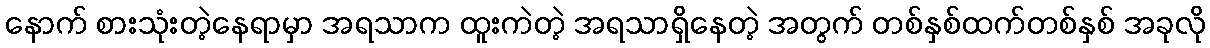
နောက် စားသုံးတဲ့နေရာမှာ အရသာက ထူးကဲတဲ့ အရသာရှိနေတဲ့ အတွက် တစ်နှစ်ထက်တစ်နှစ် အခုလို